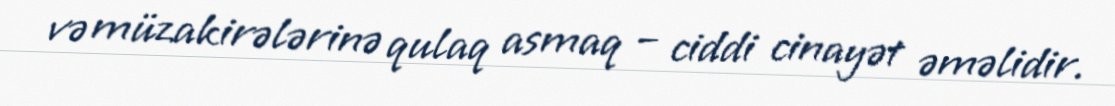
və müzakirələrinə qulaq asmaq – ciddi cinayət əməlidir.